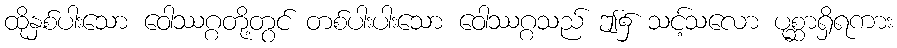
ထိုနှစ်ပါးသော ဝေါဿဂ္ဂတို့တွင် တစ်ပါးပါးသော ဝေါဿဂ္ဂသည် ဤ၌ သင့်သလော ပုစ္ဆာရှိရကား